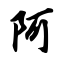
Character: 阿